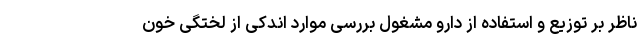
ناظر بر توزیع و استفاده از دارو مشغول بررسی موارد اندکی از لختگی خون